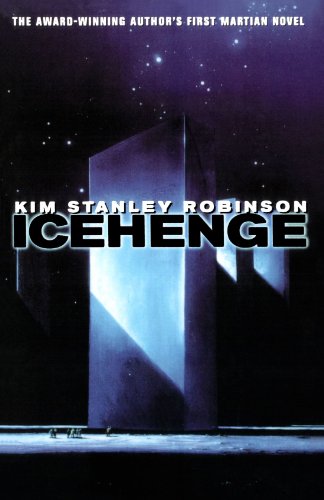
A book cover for Icehenge; Kim Stanley Robinson; Science Fiction & Fantasy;